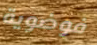
فوضوية